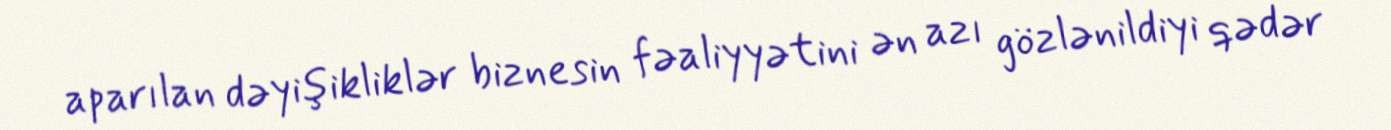
aparılan dəyişikliklər biznesin fəaliyyətini ən azı gözlənildiyi qədər